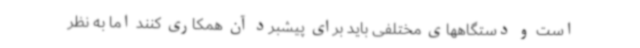
است و دستگاههای مختلفی باید برای پیشبرد آن همکاری کنند اما به نظر